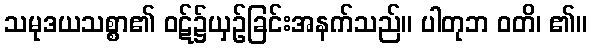
သမုဒယသစ္စာ၏ ဝဋ်၌ယှဉ်ခြင်းအနက်သည်။ ပါတုဘ ဝတိ၊ ၏။